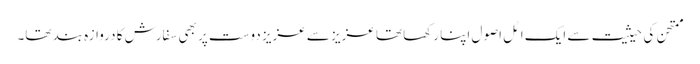
ممتحن کی حیثیت سے ایک اٹل اصول اپنا رکھا تھا عزیز سے عزیز دوست پر بھی سفارش کا دروازہ بند تھا۔